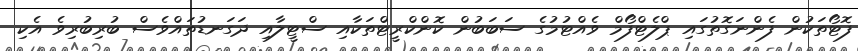
ފޮޓޯތަކުން ފެންނަގޮތުގައި ޕްލެޓްފޯމް ވެއްޓުމުގެ ސަބަބުން ކޮންކްރީޓްތަކާއި ސްޓީލާއި ދަގަނޑުތައްވެސް ބުރިބުރިވެ އެކި